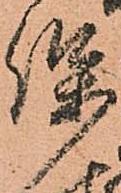
保